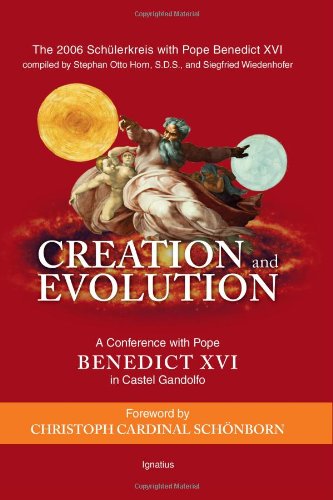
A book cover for Creation and Evolution: A Conference with Pope Benedict XVI in Castel Gandolfo; Christian Books & Bibles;